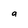
Character: a